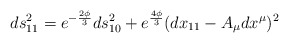
\begin{align*}ds^2_{11} = e^{-{2\phi\over 3}} ds^2_{10}+e^{4\phi\over 3}(dx_{11}-A_\mu dx^\mu)^2\end{align*}